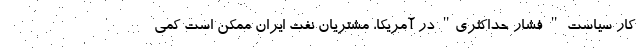
کار سیاست " فشار حداکثری" در آمریکا، مشتریان نفت ایران ممکن است کمی